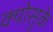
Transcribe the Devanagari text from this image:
क्योसुके